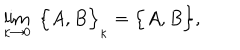
\lim _ { \kappa \rightarrow 0 } \; \Big \{ A , B \Big \} _ { \kappa } = \Big \{ A , B \Big \} ,